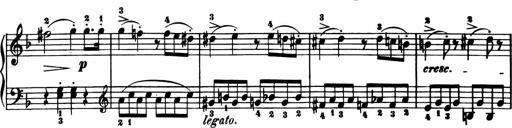
Title: 11 Sonatinas for Piano Solo
Composer: Anton Diabelli